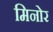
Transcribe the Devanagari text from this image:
मिनोर